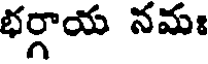
భర్గాయ నమః